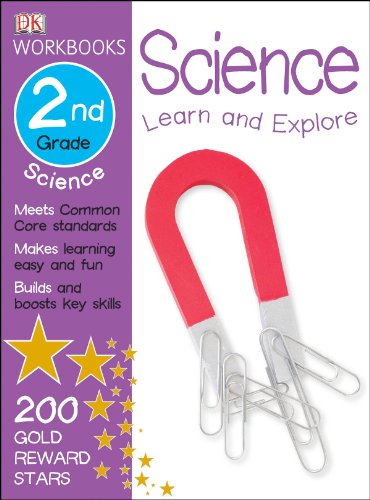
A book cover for DK Workbooks: Science, Second Grade; DK Publishing; Children's Books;